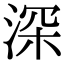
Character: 深